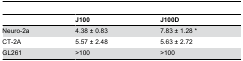
|  | J100 | J100D |
 | --- | --- | --- |
 | Neuro-2a | 4.38 ± 0.83 | 7.83 ± 1.28 * |
 | CT-2A | 5.57 ± 2.48 | 5.63 ± 2.72 |
 | GL261 | >100 | >100 |